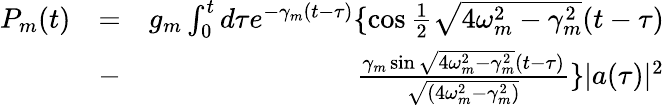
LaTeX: \begin{array}{rlr}{P_{m}(t)}&{=}&{g_{m}\int_{0}^{t}d\tau e^{-\gamma_{m}(t-\tau)}\{ \cos\frac{1}{2}\sqrt{4\omega_{m}^{2}-\gamma_{m}^{2}}(t-\tau)}\\ &{-}&{\frac{\gamma_{m}\sin\sqrt{4\omega_{m}^{2}-\gamma_{m}^{2}}(t-\tau)}{\sqrt{(4\omega_{m}^{2}-\gamma_{m}^{2})}}\} |a(\tau)|^{2}}\end{array}